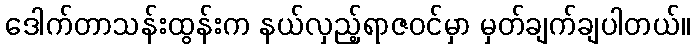
ဒေါက်တာသန်းထွန်းက နယ်လှည့်ရာဇဝင်မှာ မှတ်ချက်ချပါတယ်။